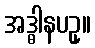
အဒ္ဓါနပဥှ။